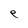
Character: e